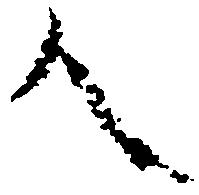
人